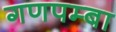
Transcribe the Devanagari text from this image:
गणपम्बा